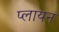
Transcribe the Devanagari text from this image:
प्लायन